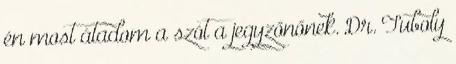
én most átadom a szót a jegyzőnőnek. Dr. Tuboly